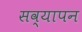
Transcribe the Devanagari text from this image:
सव्यापन